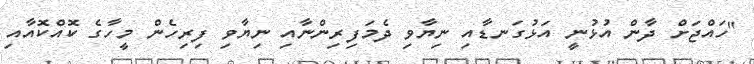
"ހައްޖަށް ދާން އުޅުނީ އަޅުގަނޑާއި ނިޔާވި ދެމަފިރިންނާއި ނިޔާވި ފިރިހެން މީހާގެ ކޮއްކޮއާއި